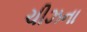
ચીઝના